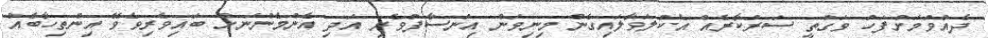
ދެއްވުމަށްފަހު ވަގުތީ ސަރުކާރެއް އެކުލަވާލައިގެން މިނިވަން އިންސާފުވެރި އަދި އެންމެންނަށް ބައިވެރިވެވޭ އިންތިހާބެއް